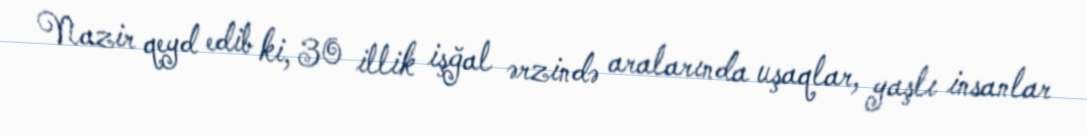
Nazir qeyd edib ki, 30 illik işğal ərzində aralarında uşaqlar, yaşlı insanlar